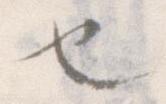
也